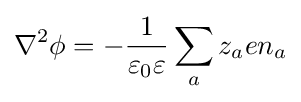
\nabla ^{2}\phi =-{\frac {1}{\varepsilon _{0}\varepsilon }}\displaystyle \sum _{a}z_{a}en_{a}